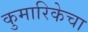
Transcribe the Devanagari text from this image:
कुमारिकेचा